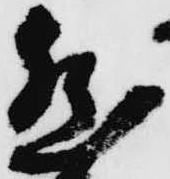
然